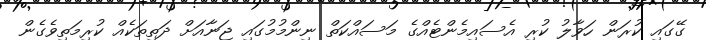
ގޭގައި ކުރަން ހަވާލު ކުރި އެސައިމެންޓެއްގެ މަސައްކަތް ނިންމުމުގައި ޖަނާއަށް ދަތިތަކެއް ކުރިމަތިވެގެން